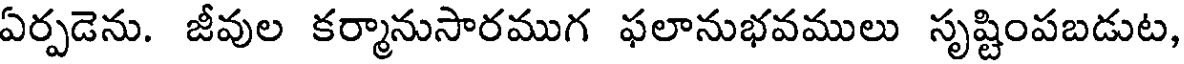
ఏర్పడెను. జీవుల కర్మానుసారముగ ఫలానుభవములు సృష్టింపబడుట,